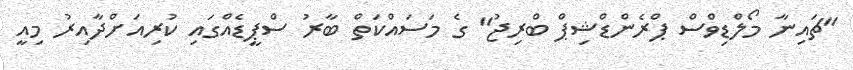
"ޗައިނާ މޯލްޑިވްސް ޕްރެންޑްޝިޕް ބްރިޖު" ގެ މަސައްކަތް ބާރު ސްޕީޑެއްގައި ކުރިއަށްދާއިރު މިއީ